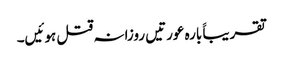
تقریباََ بارہ عورتیں روزانہ قتل ہوئیں۔